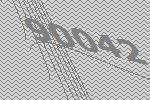
90042